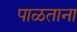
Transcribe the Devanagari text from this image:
पाळताना